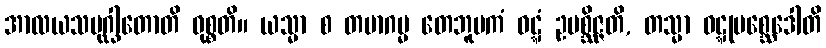
အာလယသမုဂ္ဃါတောတိ ဝုစ္စတိ။ ယသ္မာ စ တမာဂမ္မ တေဘူမကံ ဝဋ္ဋံ ဥပစ္ဆိဇ္ဇတိ, တသ္မာ ဝဋ္ဋုပစ္ဆေဒေါတိ